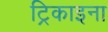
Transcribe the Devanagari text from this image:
ट्रिकाइना